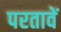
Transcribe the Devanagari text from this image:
परतावें